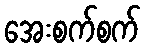
အေးစက်စက်